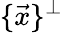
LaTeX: \{ {\vec{x}}\} ^{\perp}